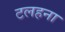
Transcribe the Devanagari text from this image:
टलहना